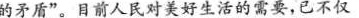
的矛盾”。目前人民对美好生活的需要，已不仅